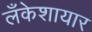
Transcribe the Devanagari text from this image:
लँकेशायार